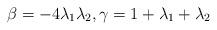
LaTeX: \begin{align*} \beta = - 4 \lambda _1 \lambda _2,\gamma = 1 + \lambda _1 + \lambda _2\end{align*}